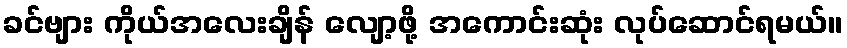
ခင်ဗျား ကိုယ်အလေးချိန် လျော့ဖို့ အကောင်းဆုံး လုပ်ဆောင်ရမယ်။